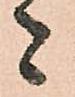
者